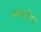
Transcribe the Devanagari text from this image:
अवारिया